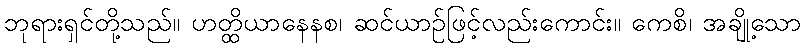
ဘုရားရှင်တို့သည်။ ဟတ္ထိယာနေနစ၊ ဆင်ယာဉ်ဖြင့်လည်းကောင်း။ ကေစိ၊ အချို့သော